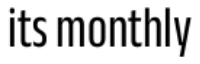
its monthly